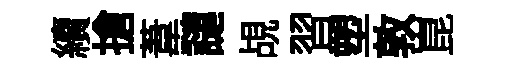
續搶葦譴覘習塑敦崑